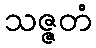
သဇ္ဇတံ